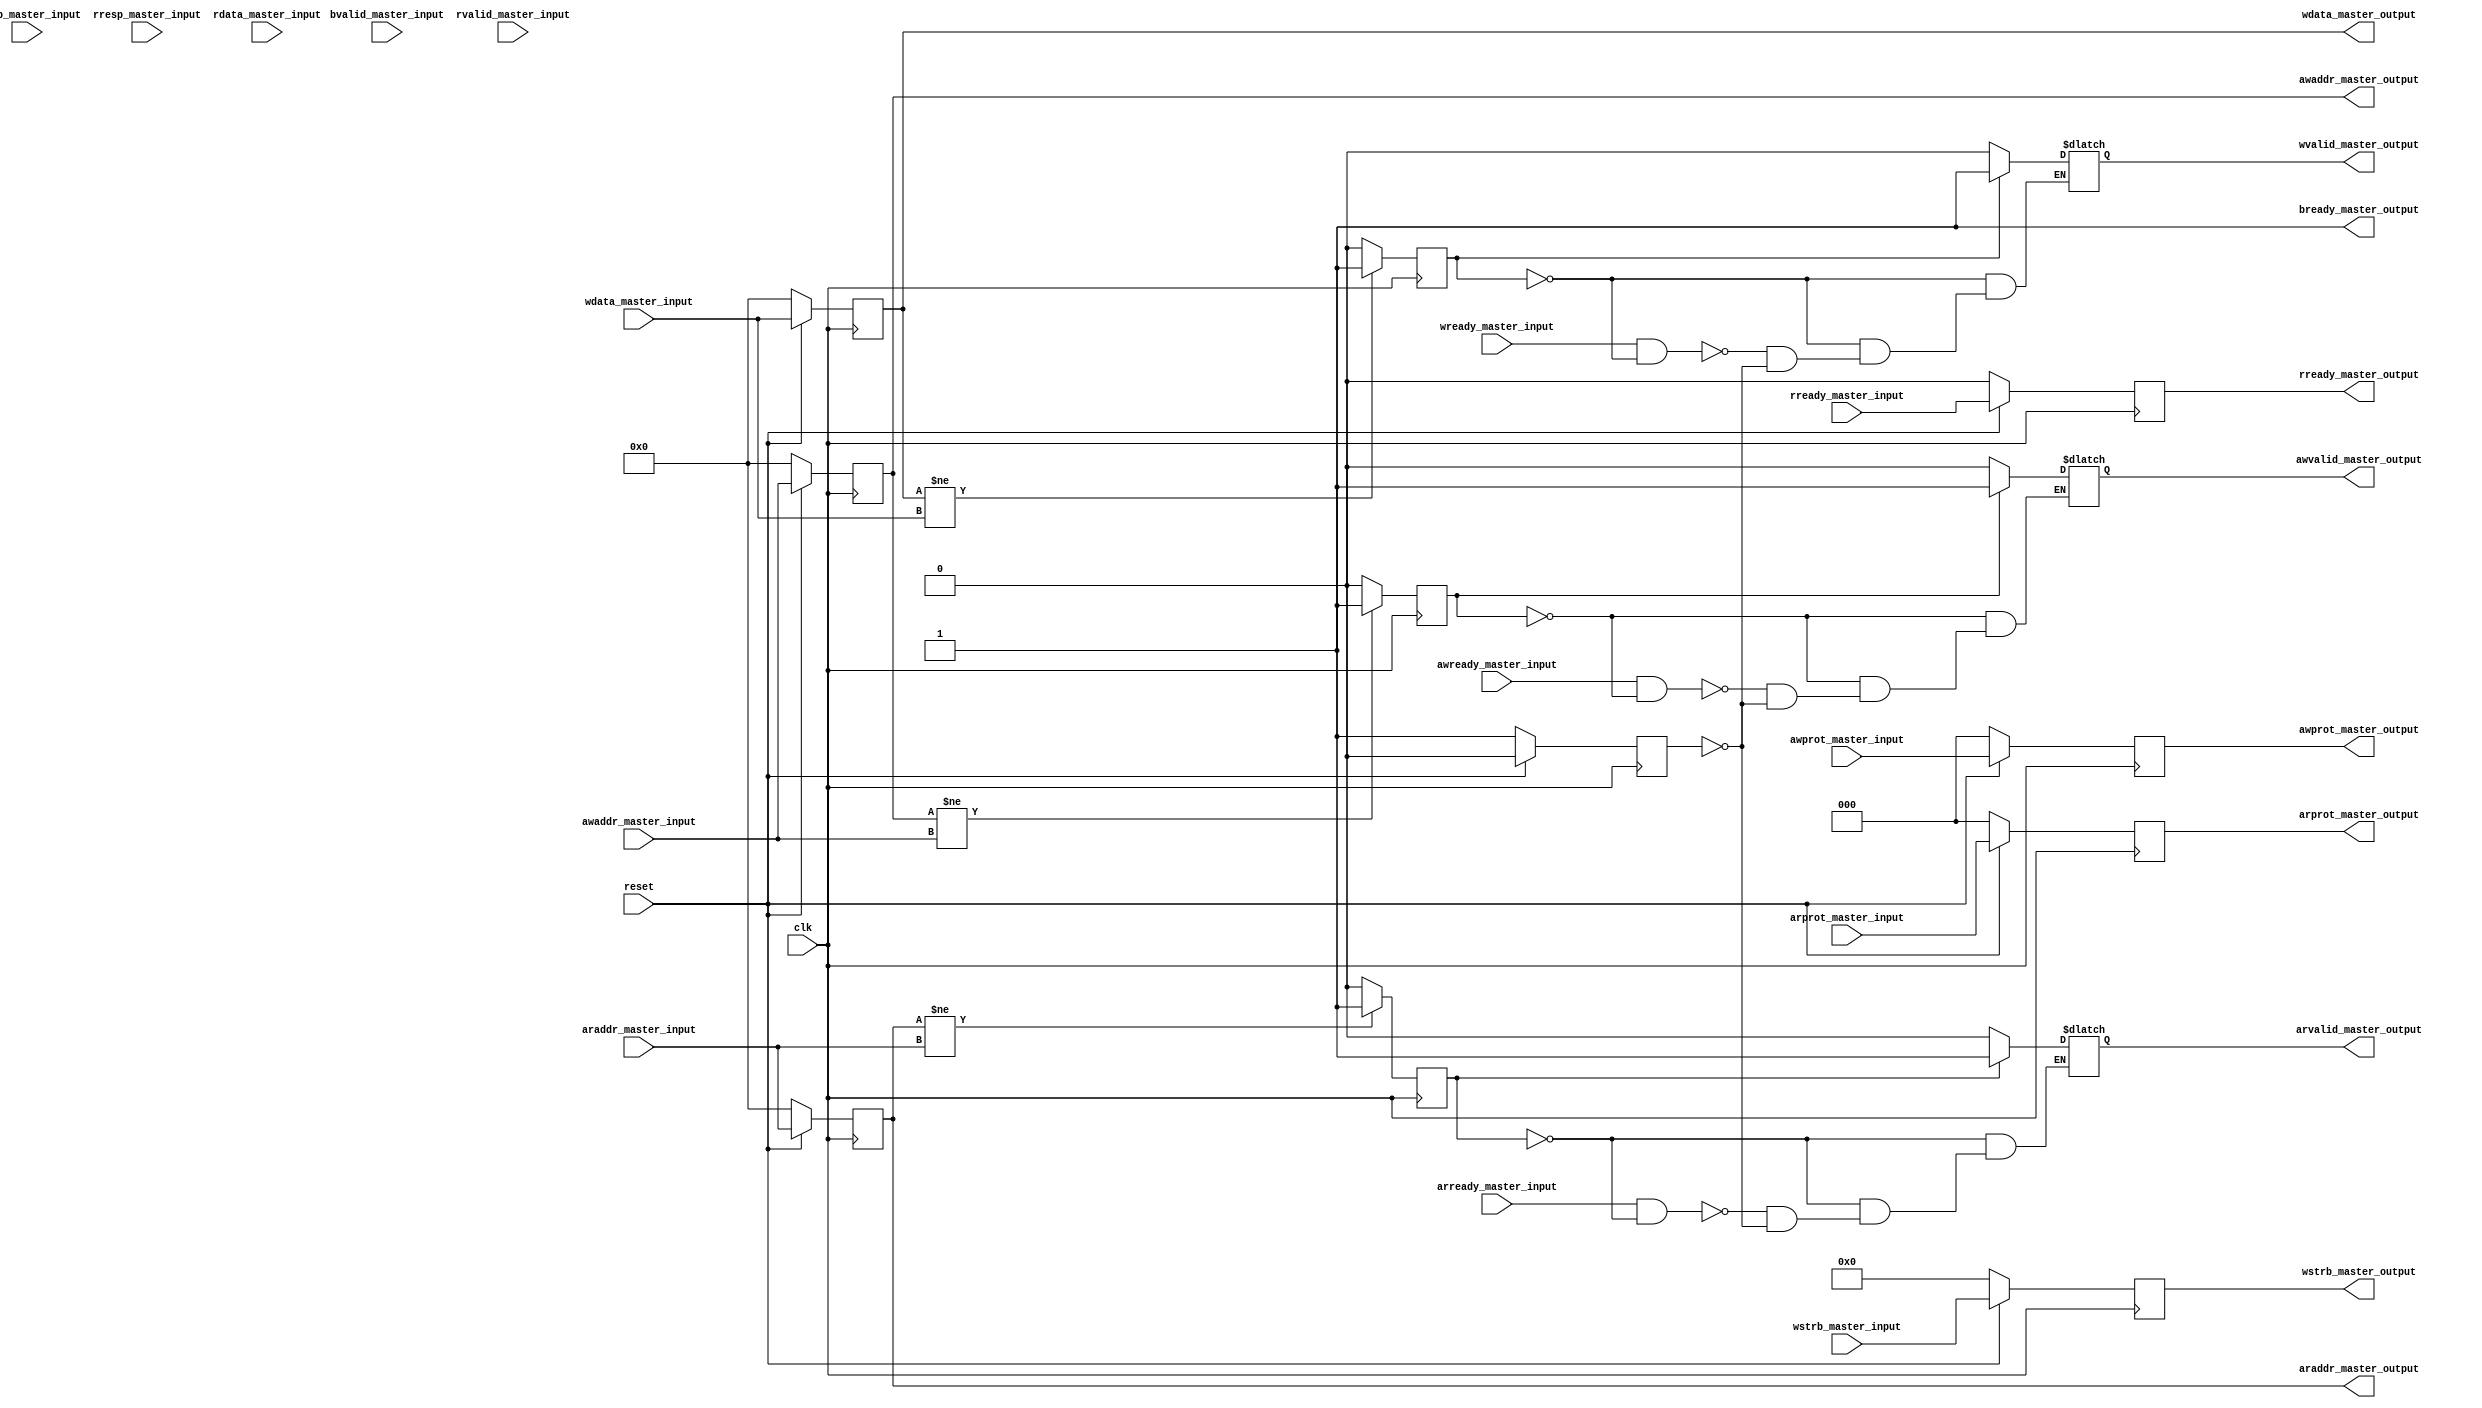
module AXI4_Lite_master(
   // global_signals 
 input clk, 
 input reset,


 // write_address_channel_signals
 output  reg   [31:0] awaddr_master_output,
 output  reg   awvalid_master_output,
 input   wire  awready_master_input,
 input  wire   [31:0] awaddr_master_input,
 output  reg   [2:0] awprot_master_output,
 input  wire   [2:0] awprot_master_input,



 // write_data_channel_signals
 output  reg   [31:0] wdata_master_output,
 output  reg   wvalid_master_output,
 input   wire  wready_master_input,
 input  wire   [31:0] wdata_master_input,
 output  reg   [3:0] wstrb_master_output,
 input  wire   [3:0] wstrb_master_input,

 // write_response_channel_signals
 input   wire   bvalid_master_input,
 output  reg    bready_master_output,
 input   wire   [1:0] bresp_master_input,



 // read_address_channel_signals
 output  reg   [31:0] araddr_master_output,
 output  reg   arvalid_master_output,
 input   wire  arready_master_input,
 input  wire   [31:0] araddr_master_input,
 output  reg   [2:0] arprot_master_output,
 input  wire   [2:0] arprot_master_input,


 // read_data_channel_signals
 input   wire   rvalid_master_input,
 output  reg    rready_master_output,
 input   wire   [1:0] rresp_master_input,
input  wire   [31:0] rdata_master_input,
input wire rready_master_input

);


 // write_address_channel_code
 reg rst = 0;
 reg addressChanged = 0;

 always @(posedge clk) begin
     if (reset == 0)begin
        awaddr_master_output <= 32'h00000000;
        awprot_master_output <= 0;
        rst <= 1;
     end
     else
     begin
       rst = 0;
       awaddr_master_output <= awaddr_master_input;
       awprot_master_output <= awprot_master_input;
     end
       if (awaddr_master_output != awaddr_master_input)begin
           addressChanged <= 1'b1;
      end else begin
            addressChanged <= 1'b0;
      end
 end

 always @(*)begin
    if (rst)
        awvalid_master_output  = 0;
    if (addressChanged)begin
        awvalid_master_output  = 1;
    end
    else
    if (awready_master_input == 1 && addressChanged == 0)
        awvalid_master_output = 0;
    else
        awvalid_master_output = awvalid_master_output; 
 end
 
// write_address_channel_code_ends





// write_data_channel_code_starts
reg dataChanged = 0;
reg [1:0]  bresp_master_save_register = 0;

always @(posedge clk) begin
     if (reset == 0)begin
        wdata_master_output <= 32'h00000000;
        wstrb_master_output <= 0;
     end
     else
     begin
       wdata_master_output <= wdata_master_input;
       wstrb_master_output <= wstrb_master_input;
     end
       if (wdata_master_output != wdata_master_input)begin
           dataChanged <= 1'b1;
      end else begin
            dataChanged <= 1'b0;
      end
 end

 always @(*)begin
    bready_master_output = 1;
    if (rst)
        wvalid_master_output  = 0;
    if (dataChanged)begin
        wvalid_master_output  = 1;
    end
    else
    if (wready_master_input == 1 && dataChanged == 0)begin
        wvalid_master_output = 0;
        
    end
    else
        wvalid_master_output = wvalid_master_output; 

    if (bvalid_master_input && bready_master_output)begin
       bresp_master_save_register = bresp_master_input;
    end
    else begin
       bresp_master_save_register = bresp_master_save_register;
       bready_master_output = bready_master_output;  
    end
end
 // write_data_channel_code_ends
// write_response_channel_code_starts
// write_response_channel_code_ends




 // read_address_channel_code
 reg [31:0] rdata_master_save_register ;
 reg  [1:0] rresp_master_save_register ;
 reg read_addressChanged = 0;

 always @(posedge clk) begin
     if (reset == 0)begin
        araddr_master_output <= 32'h00000000;
        arprot_master_output <= 0;
        rready_master_output <=0;
     end
     else
     begin
        rready_master_output <= rready_master_input;
       araddr_master_output <= araddr_master_input;
       arprot_master_output <= arprot_master_input;
     end
       if (araddr_master_output != araddr_master_input)begin
           read_addressChanged <= 1'b1;
      end else begin
            read_addressChanged <= 1'b0;
      end
 end

 always @(*)begin
    if (rst)begin
        arvalid_master_output  = 0;
        rdata_master_save_register = 0;
        rresp_master_save_register = 0;
    end
    if (read_addressChanged)begin
        arvalid_master_output  = 1;
    end
    else
    if (arready_master_input == 1 && read_addressChanged == 0)
        arvalid_master_output = 0;
    else
        arvalid_master_output = arvalid_master_output; 

    if (rvalid_master_input == 1 && rready_master_output == 1) begin
        rdata_master_save_register = rdata_master_input;
        rresp_master_save_register = rresp_master_input;
    end
    else begin
       rdata_master_save_register = rdata_master_save_register; 
       rresp_master_save_register = rresp_master_save_register;
    end
 end
 
// read_address_channel_code_ends
endmodule